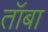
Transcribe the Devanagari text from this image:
तॉबा